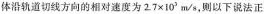
体沿轨道切线方向的相对速度为$$2 7 × 1 0 ^{ 3 }$$m/s，则以下说法正